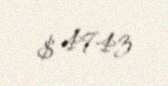
$ 4743